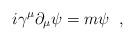
LaTeX: \begin{align*}i\gamma^{\mu}\partial_{\mu}\psi=m\psi \; \; ,\end{align*}